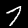
Label: 7